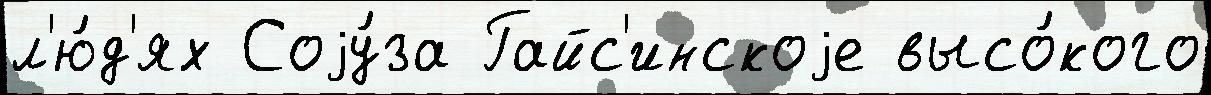
л'ю́д'ях Соjу́за Гайс'инскоjе высо́кого